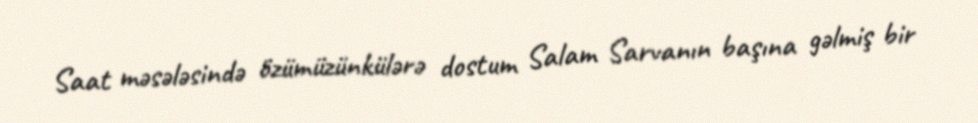
Saat məsələsində özümüzünkülərə dostum Salam Sarvanın başına gəlmiş bir